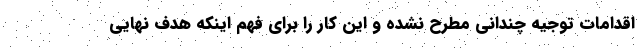
اقدامات توجیه چندانی مطرح نشده و این کار را برای فهم اینکه هدف نهایی